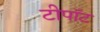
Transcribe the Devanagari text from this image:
टीपॉट